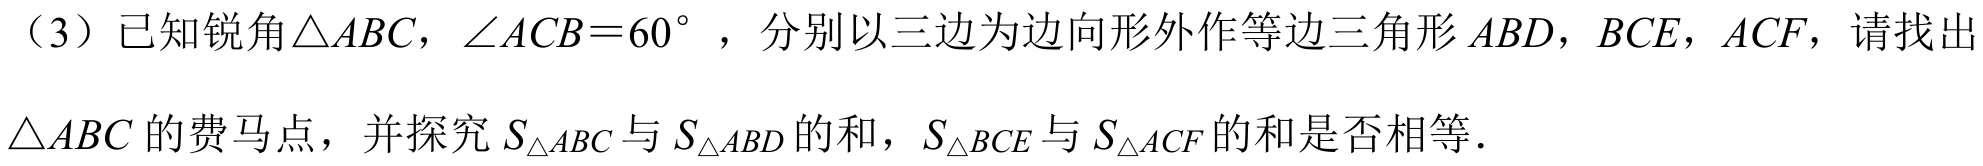
（3）已知锐角\(\triangle ABC\)，\(\angle ACB = 60^{\circ}\) ，分别以三边为边向形外作等边三角形\(ABD\)，\(BCE\)，\(ACF\)，请找出
\(\triangle ABC\)的费马点，并探究\(S_{\triangle ABC}\)与\(S_{\triangle ABD}\)的和，\(S_{\triangle BCE}\)与\(S_{\triangle ACF}\)的和是否相等．